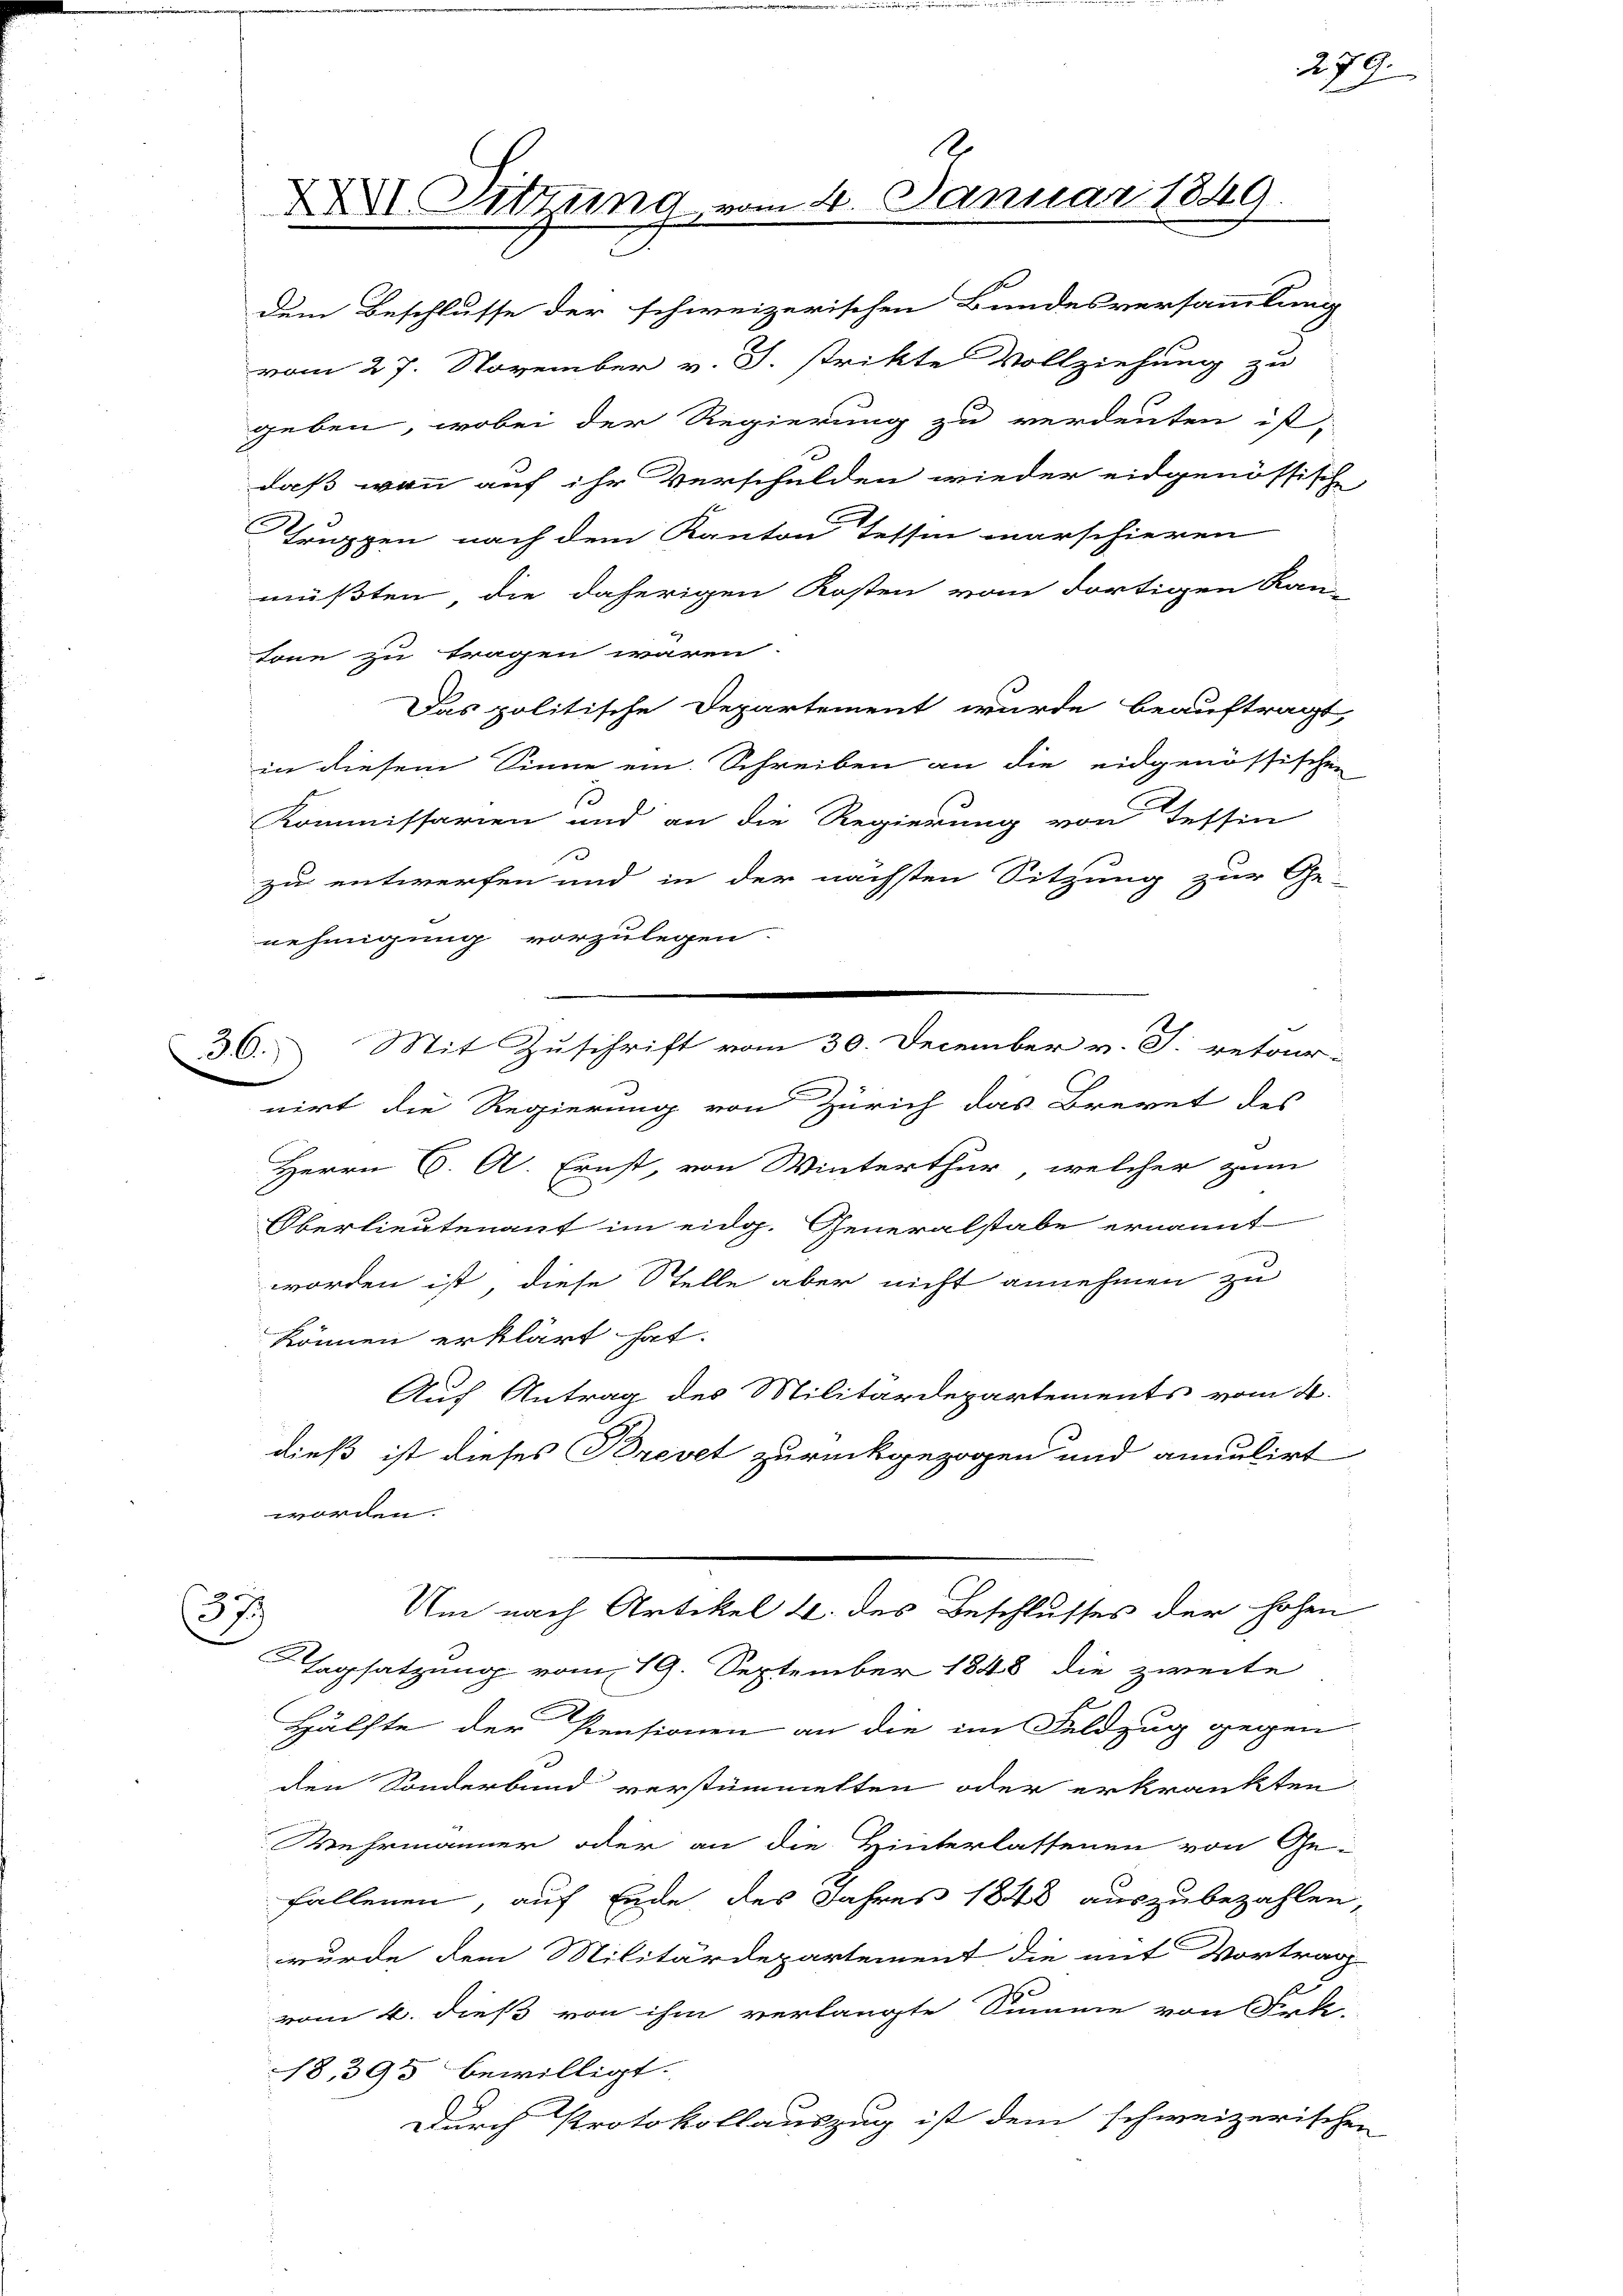
d

8
A Sitzung vom 4. Januar 1849.

dem Beschlusse der schweizerischen Bundesversammlung
vom 27. November v. J. strikte Vollziehung zu
geben, wobei der Regierung zu verdeuten ist,
daß wann auf ihr Verschulden wieder eidgenössische,
d
Struppen nach dem Kanton Tessin marschieren
müßten, die daherigen Kosten vom dortigen Kan-
tone zu tragen wären.
Das politische Departement wurde beauftragt,
in diesem Sinne ein Schreiben an die eidgenössischen
Kommissarien und an die Regierung von Tessin
e
zu entwerfen und in der nächsten Sitzung zur Ge-
nehmigung vorzulegen.
nirt die Regierung von Zürich das Brevet des
Herrn C. A. Ernst, von Winterthur, welcher zum
Oberlieutenant im eidg. Generalstabe ernannt
worden ist, diese Stelle aber nicht annehmen zu
können erklärt hat.
Auf Antrag des Militärdepartements vom 4.
dieß ist dieses Brevet zurückgezogen und amulirt
worden.
Um nach Artikel u. des Beschlusses der hohen
379
Tagsatzung vom 19. September 1848 die zweite
Hälfte der Pensionen an die im Feldzug gegen
den Sonderband verstümmelten oder erkrankten
Wehrmänner oder an die Hinterlassenen von Ge-
fallenen, auf Ende des Jahres 1848 auszubezahlen,
wurde dem Militärdepartement die mit Vortrag
vom 4. dieß von ihm verlangte Summe von Frk-
18. 395 bewilligt.
Durch Protokollauszug ist dem schweizerischen

36. Mit Zuschrift vom 30. December v. J. retour-

279.

.